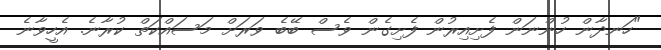
"ހަނދާން ހުންނަން ފެށިއިރުން ފެށިގެން ވެސް ބޭބެ ވަރަށް މަސައްކަތް ކުރާނެ. އެހީވާނެ